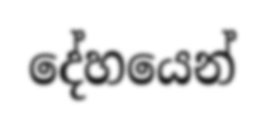
දේහයෙන්